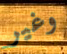
وغير